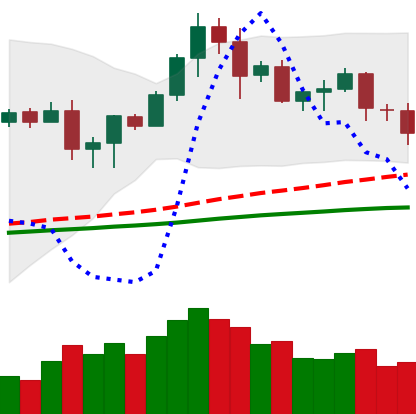
Ticker: LTC-USD
Chart end date: 2020-08-27
Forward return: 12.208%
Label: up_7plus